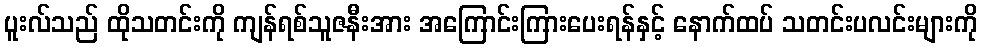
ပူးလ်သည် ထိုသတင်းကို ကျန်ရစ်သူဇနီးအား အကြောင်းကြားပေးရန်နှင့် နောက်ထပ် သတင်းပလင်းများကို